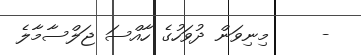
-     މިނިވަން ދުވަހުގެ ހާއްސަ ޖަލްސާމާލެ